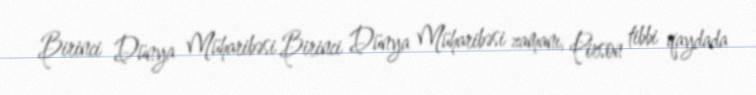
Birinci Dünya Müharibəsi Birinci Dünya Müharibəsi zamanı, Pirson tibbi qaydada